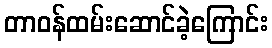
တာဝန်ထမ်းဆောင်ခဲ့ကြောင်း